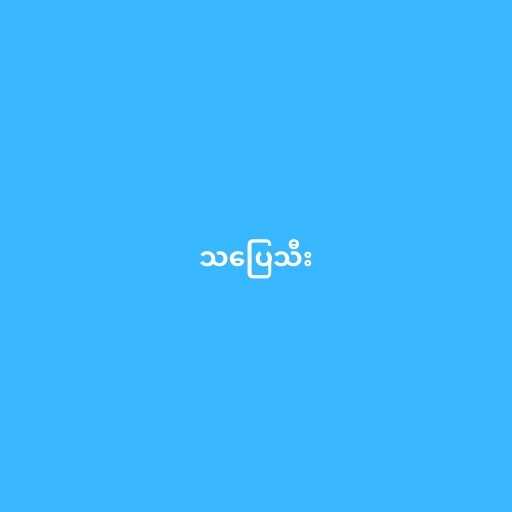
သပြေသီး